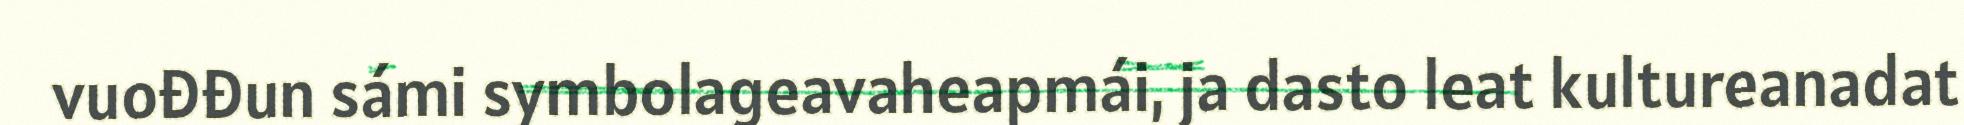
vuođđun sámi symbolageavaheapmái, ja dasto leat kultureanadat